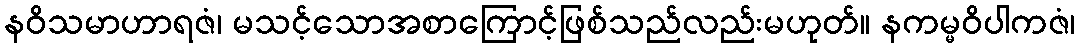
နဝိသမာဟာရဇံ၊ မသင့်သောအစာကြောင့်ဖြစ်သည်လည်းမဟုတ်။ နကမ္မဝိပါကဇံ၊